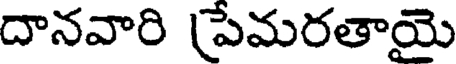
దానవారి (పేమరతాయై